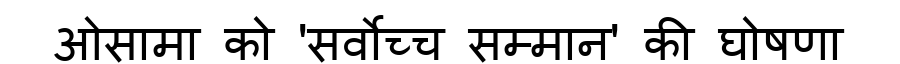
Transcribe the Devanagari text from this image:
ओसामा को 'सर्वोच्च सम्मान' की घोषणा